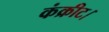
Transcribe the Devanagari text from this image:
कंक्रीट।